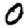
Digit: 0